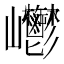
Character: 𡿥